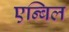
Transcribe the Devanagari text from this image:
एन्बिल